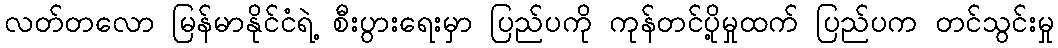
လတ်တလော မြန်မာနိုင်ငံရဲ့ စီးပွားရေးမှာ ပြည်ပကို ကုန်တင်ပို့မှုထက် ပြည်ပက တင်သွင်းမှု